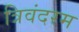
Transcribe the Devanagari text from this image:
त्रिवंदरम